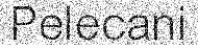
Pelecani